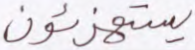
يستهزئون